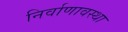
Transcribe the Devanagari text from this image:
निर्वाणावस्था